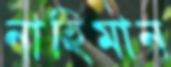
নাহিমান